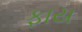
ફાય